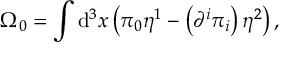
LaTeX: \Omega _ { 0 } = \int \mathrm { d } ^ { 3 } x \left( \pi _ { 0 } \eta ^ { 1 } - \left( \partial ^ { i } \pi _ { i } \right) \eta ^ { 2 } \right) ,